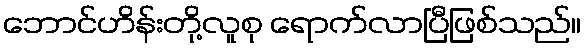
ဘောင်ဟိန်းတို့လူစု ရောက်လာပြီဖြစ်သည်။